Vaccination Hyderabad 1890-1903 - 1890-1903
Year: 1890
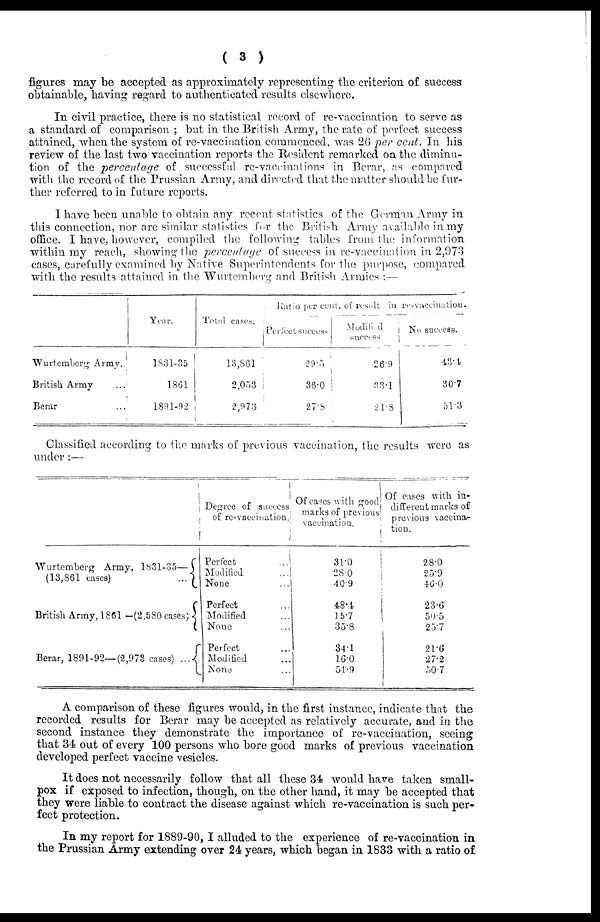
( 3 )
figures may be accepted as approximately representing the criterion of success-
obtainable, having regard to authenticated results elsewhere.
In civil practice, there is no statistical record of re-vaccination to serve as
a standard of comparison ; but in the British Army, the rate of perfect success
attained, when the system of re-vaccination commenced, was 26 per cent. In his
review of the last two vaccination reports the Resident remarked on the diminu-
tion of the percentage of successful re-vaccinations in Berar, as compared
with the record of the Prussian Army, and directed that the matter should be fur-
ther referred to in future reports.
I have been unable to obtain any recent statistics of the German Army in
this connection, nor are similar statistics for the British Army available in my
office. I have, however, compiled the following tables from the information
within my reach, showing the percentage of success in re-vaccination in 2,973
cases, carefully examined by Native Superintendents for the purpose, compared
with the results attained in the Wurtemberg and British Armies :—
Wurtemberg Army...
British Army ...
Berar ...
Year.
1831-35
1861
1891-92
Total cases.
13,861
2,053
2,973
Ratio per cent. of result in re-vaccination.
Perfect success.
29.5
36.0
27.8
Modified
success
26.9
33.1
21.8
No success.
43.4
30.7
51.3
Classified according to the marks of previous vaccination, the results were as
under :—
Wurtemberg Army, 1831-35—
(13,861 cases)
...
British Army, 1861 -(2,580 cases)
Berar, 1891-92—(2,978 cases) ...
Degree of success
of re-vaccination
Perfect
...
Modified
...
None
...
Perfect
Modified ...
None ...
Perfect ...
Modified ...
None ...
Of cases with good
marks or previous
vaccination.
31.0
28.0
40.9
48.4
15.7
35.8
34.1
16.0
51.9
Of cases with in¬
different marks or
previous vaccina¬
tion.
28.0
25.9
46.0
23.6
50.5
25.7
21.6
27.2
50.7
A comparison of these figures would, in the first instance, indicate that the
recorded results for Berar may be accepted as relatively accurate, and in the
second instance they demonstrate the importance of re-vaccination, seeing
that 34 out of every 100 persons who bore good marks of previous vaccination
developed perfect vaccine vesicles.
It does not necessarily follow that all these 34 would have taken small-
pox if exposed to infection, though, on the other hand, it may be accepted that
they were liable to contract the disease against which re-vaccination is such per-
fect protection.
In my report for 1889-90,I alluded to the experience of re-vaccination in
the Prussian Army extending over 24 years, which began in 1833 with a ratio of